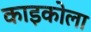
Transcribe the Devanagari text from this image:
काइकोला